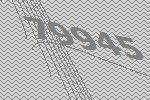
79945